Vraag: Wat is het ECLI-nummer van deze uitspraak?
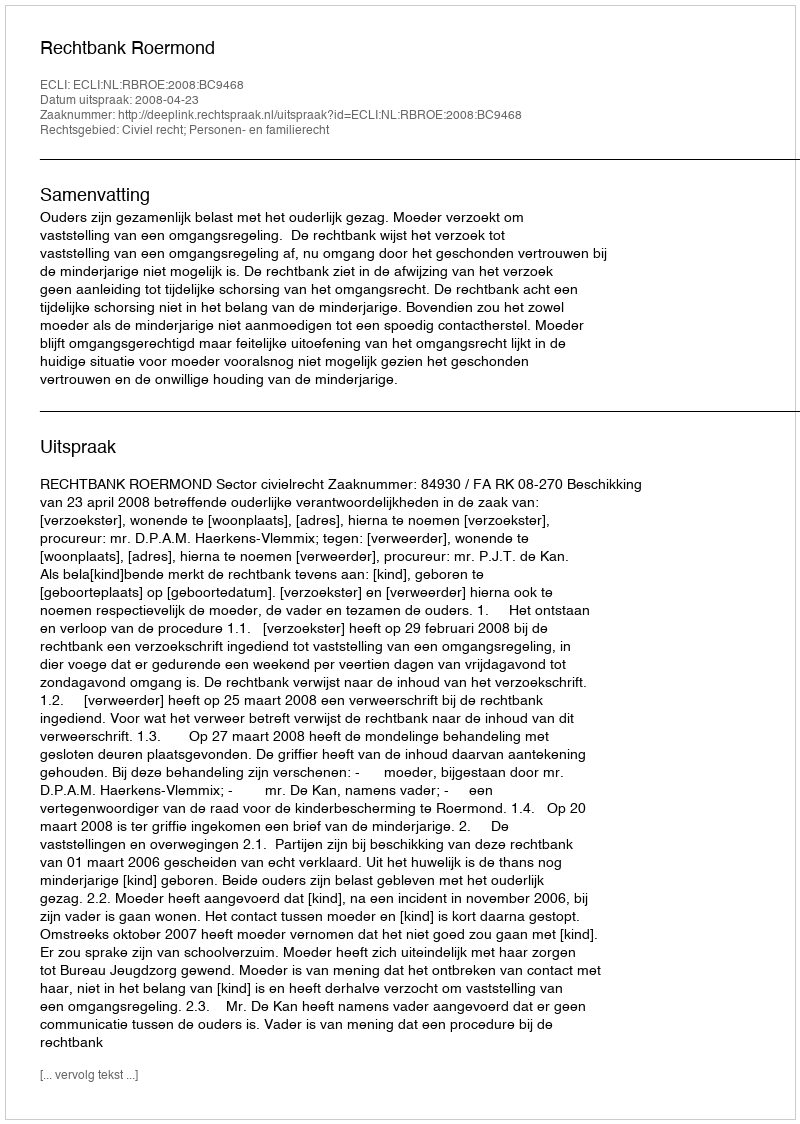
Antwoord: ECLI:NL:RBROE:2008:BC9468